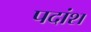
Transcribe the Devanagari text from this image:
पदांश